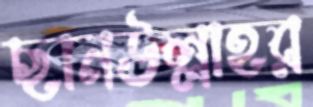
ছানউল্লাহর